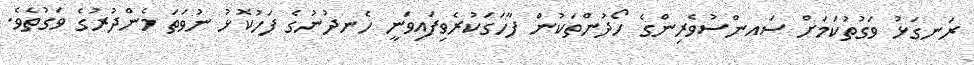
ރަނގަޅު ވަގުތުކަމަށް ސައންސުވެރިންގެ ހޯދުންތަކުން ފާހަގަކުރެވިފައިވަނީ ހެނދުނުގެ ފަހުކޮޅު ނުވަތަ މެންދުރުގެ ވަގުތެވެ.